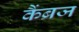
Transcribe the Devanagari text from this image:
कैंब्रज